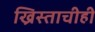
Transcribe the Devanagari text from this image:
ख्रिस्ताचीही